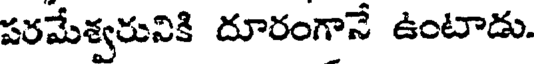
పరమేశ్వరునికి దూరంగానే ఉంటాడు.